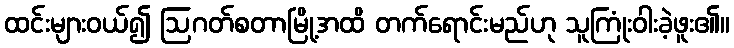
ထင်းများဝယ်၍ ဩဂတ်စတာမြို့အထိ တက်ရောင်းမည်ဟု သူကြုံးဝါးခဲ့ဖူး၏။